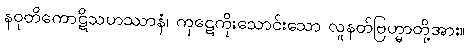
နဝုတိကောဋိသဟဿာနံ၊ ကုဋေကိုးသောင်းသော လူနတ်ဗြဟ္မာတို့အား။